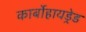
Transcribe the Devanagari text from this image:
कार्बोहायड्रेड